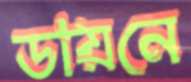
ডায়নে